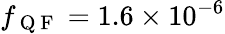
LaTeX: f_{\mathrm{~Q~F~}}=1.6\times 10^{-6}